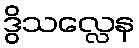
ဒွိသလ္လေန